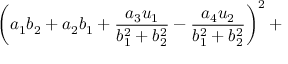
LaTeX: \left( a _ { 1 } b _ { 2 } + a _ { 2 } b _ { 1 } + { \frac { a _ { 3 } u _ { 1 } } { b _ { 1 } ^ { 2 } + b _ { 2 } ^ { 2 } } } - { \frac { a _ { 4 } u _ { 2 } } { b _ { 1 } ^ { 2 } + b _ { 2 } ^ { 2 } } } \right) ^ { 2 } +